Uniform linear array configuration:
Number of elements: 24
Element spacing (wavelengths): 0.5
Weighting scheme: uniform
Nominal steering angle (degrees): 15
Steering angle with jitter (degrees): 14.204
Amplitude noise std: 0.05
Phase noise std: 0.05

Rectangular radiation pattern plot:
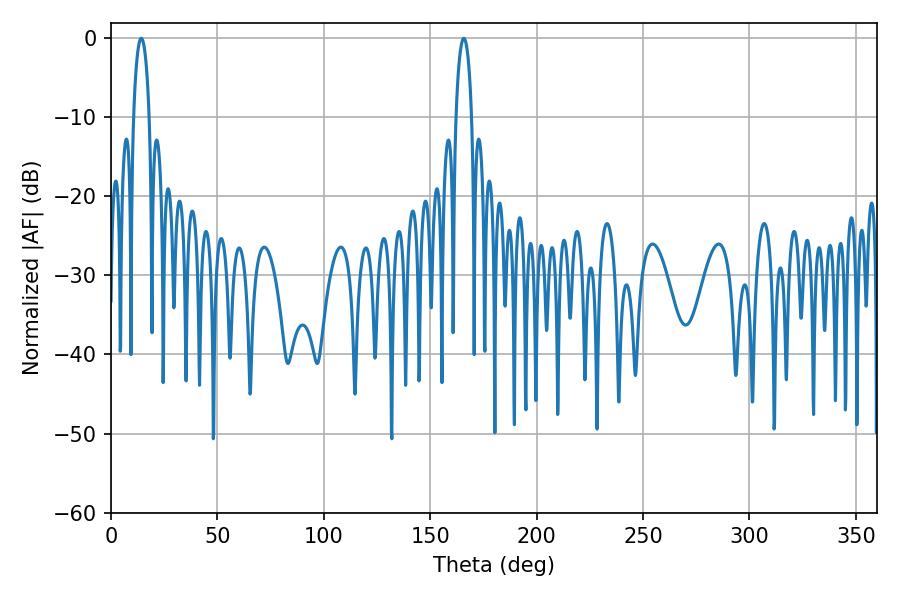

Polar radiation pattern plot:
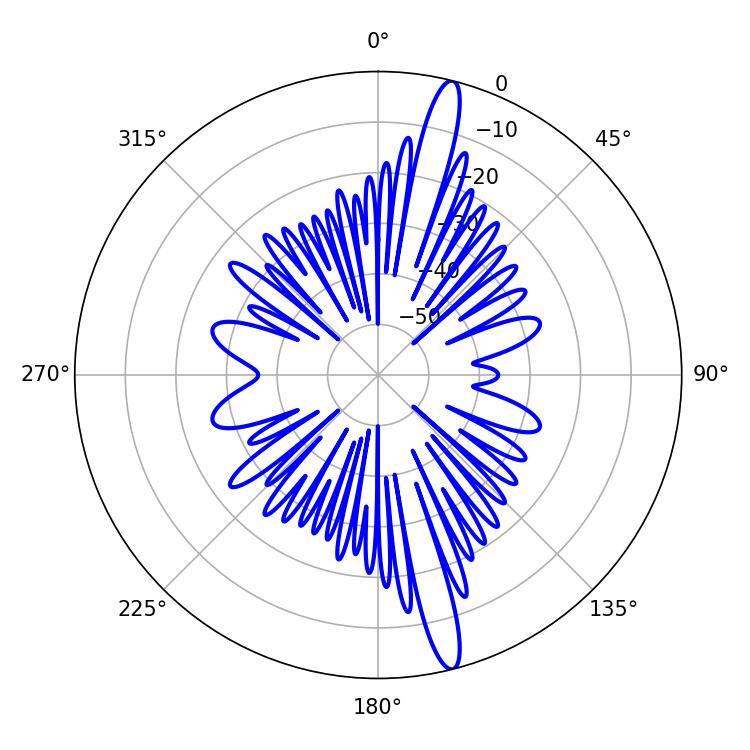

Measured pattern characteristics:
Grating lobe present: FALSE
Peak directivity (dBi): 16.887
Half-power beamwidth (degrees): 4.32
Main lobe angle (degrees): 14.22